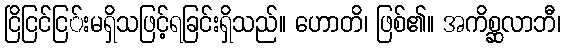
ငြိငြင်ငြ်းမရှိသဖြင့်ရခြင်းရှိသည်။ ဟောတိ၊ ဖြစ်၏။ အကိစ္ဆလာဘီ၊